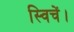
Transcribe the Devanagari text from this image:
स्विचें।